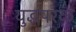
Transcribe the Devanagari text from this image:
युद्धपरक